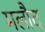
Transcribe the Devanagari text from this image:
मलौद